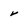
Character: v